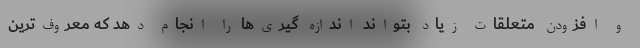
و افزودن متعلقات زیاد بتواند اندازه گیری‌ها را انجام دهد که معروف‌ترین